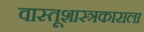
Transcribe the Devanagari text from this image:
वास्तूशास्त्रकाराला